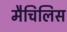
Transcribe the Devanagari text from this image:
मैचिलिस